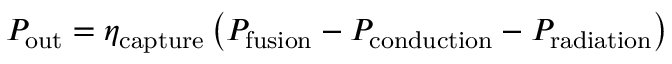
P _ { \mathrm { o u t } } = \eta _ { \mathrm { c a p t u r e } } \left( P _ { \mathrm { f u s i o n } } - P _ { \mathrm { c o n d u c t i o n } } - P _ { \mathrm { r a d i a t i o n } } \right)